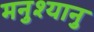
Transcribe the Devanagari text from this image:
मनुश्यानु